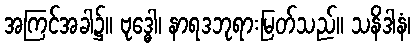
အကြင်အခါ၌။ ဗုဒ္ဓေါ၊ နာရဒဘုရားမြတ်သည်။ သနိဒါနံ၊